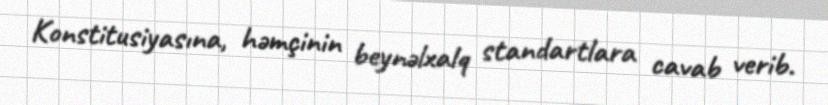
Konstitusiyasına, həmçinin beynəlxalq standartlara cavab verib.